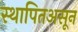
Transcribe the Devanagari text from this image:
स्थापितअसून